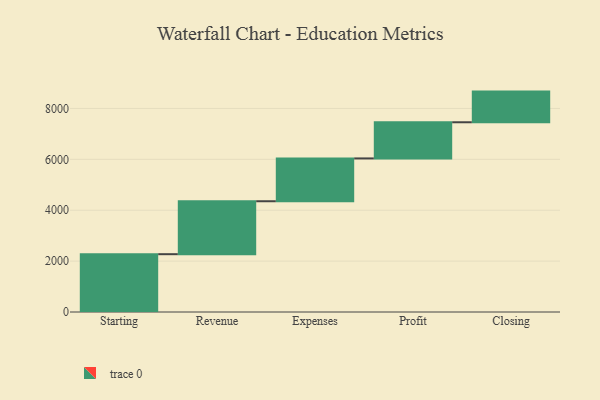
{"axis": {"x": "Step", "y": "Value"}, "legend": [""], "data": [{"x": "Starting", "y": 2272.0, "type": ""}, {"x": "Revenue", "y": 2081.0, "type": ""}, {"x": "Expenses", "y": 1683.0, "type": ""}, {"x": "Profit", "y": 1421.0, "type": ""}, {"x": "Closing", "y": 1205.0, "type": ""}]}